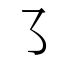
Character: ㇌